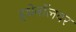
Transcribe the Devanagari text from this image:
इथेनॉलवर